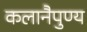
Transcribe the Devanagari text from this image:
कलानैपुण्य